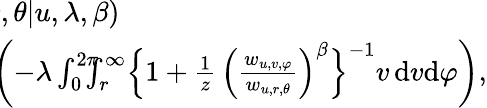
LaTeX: \begin{array}{rl}&{\! \! \! \! \! \! \! \! \! \! \! \! \! \! \! \! \! \! \! \! \! \! \rho_{2}(z,r,\theta|u,\lambda,\beta)}\\ &{\! \! \! \! \! \! \! \! \! \! \! \! \! \! \! \! \! \! \! \! \! \! \! =\exp\biggl(-\lambda\int_{0}^{2\pi}\! \! \! \! \int_{r}^{\infty}\Bigl\{ 1+\frac{1}{z}\, \Bigl(\frac{w_{u,v,\varphi}}{w_{u,r,\theta}}\Bigr)^{\beta}\Bigr\} ^{-1}v\, \mathrm{d}v\mathrm{d}\varphi\biggr),}\end{array}